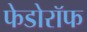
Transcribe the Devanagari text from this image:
फेडोरॉफ